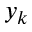
y _ { k }